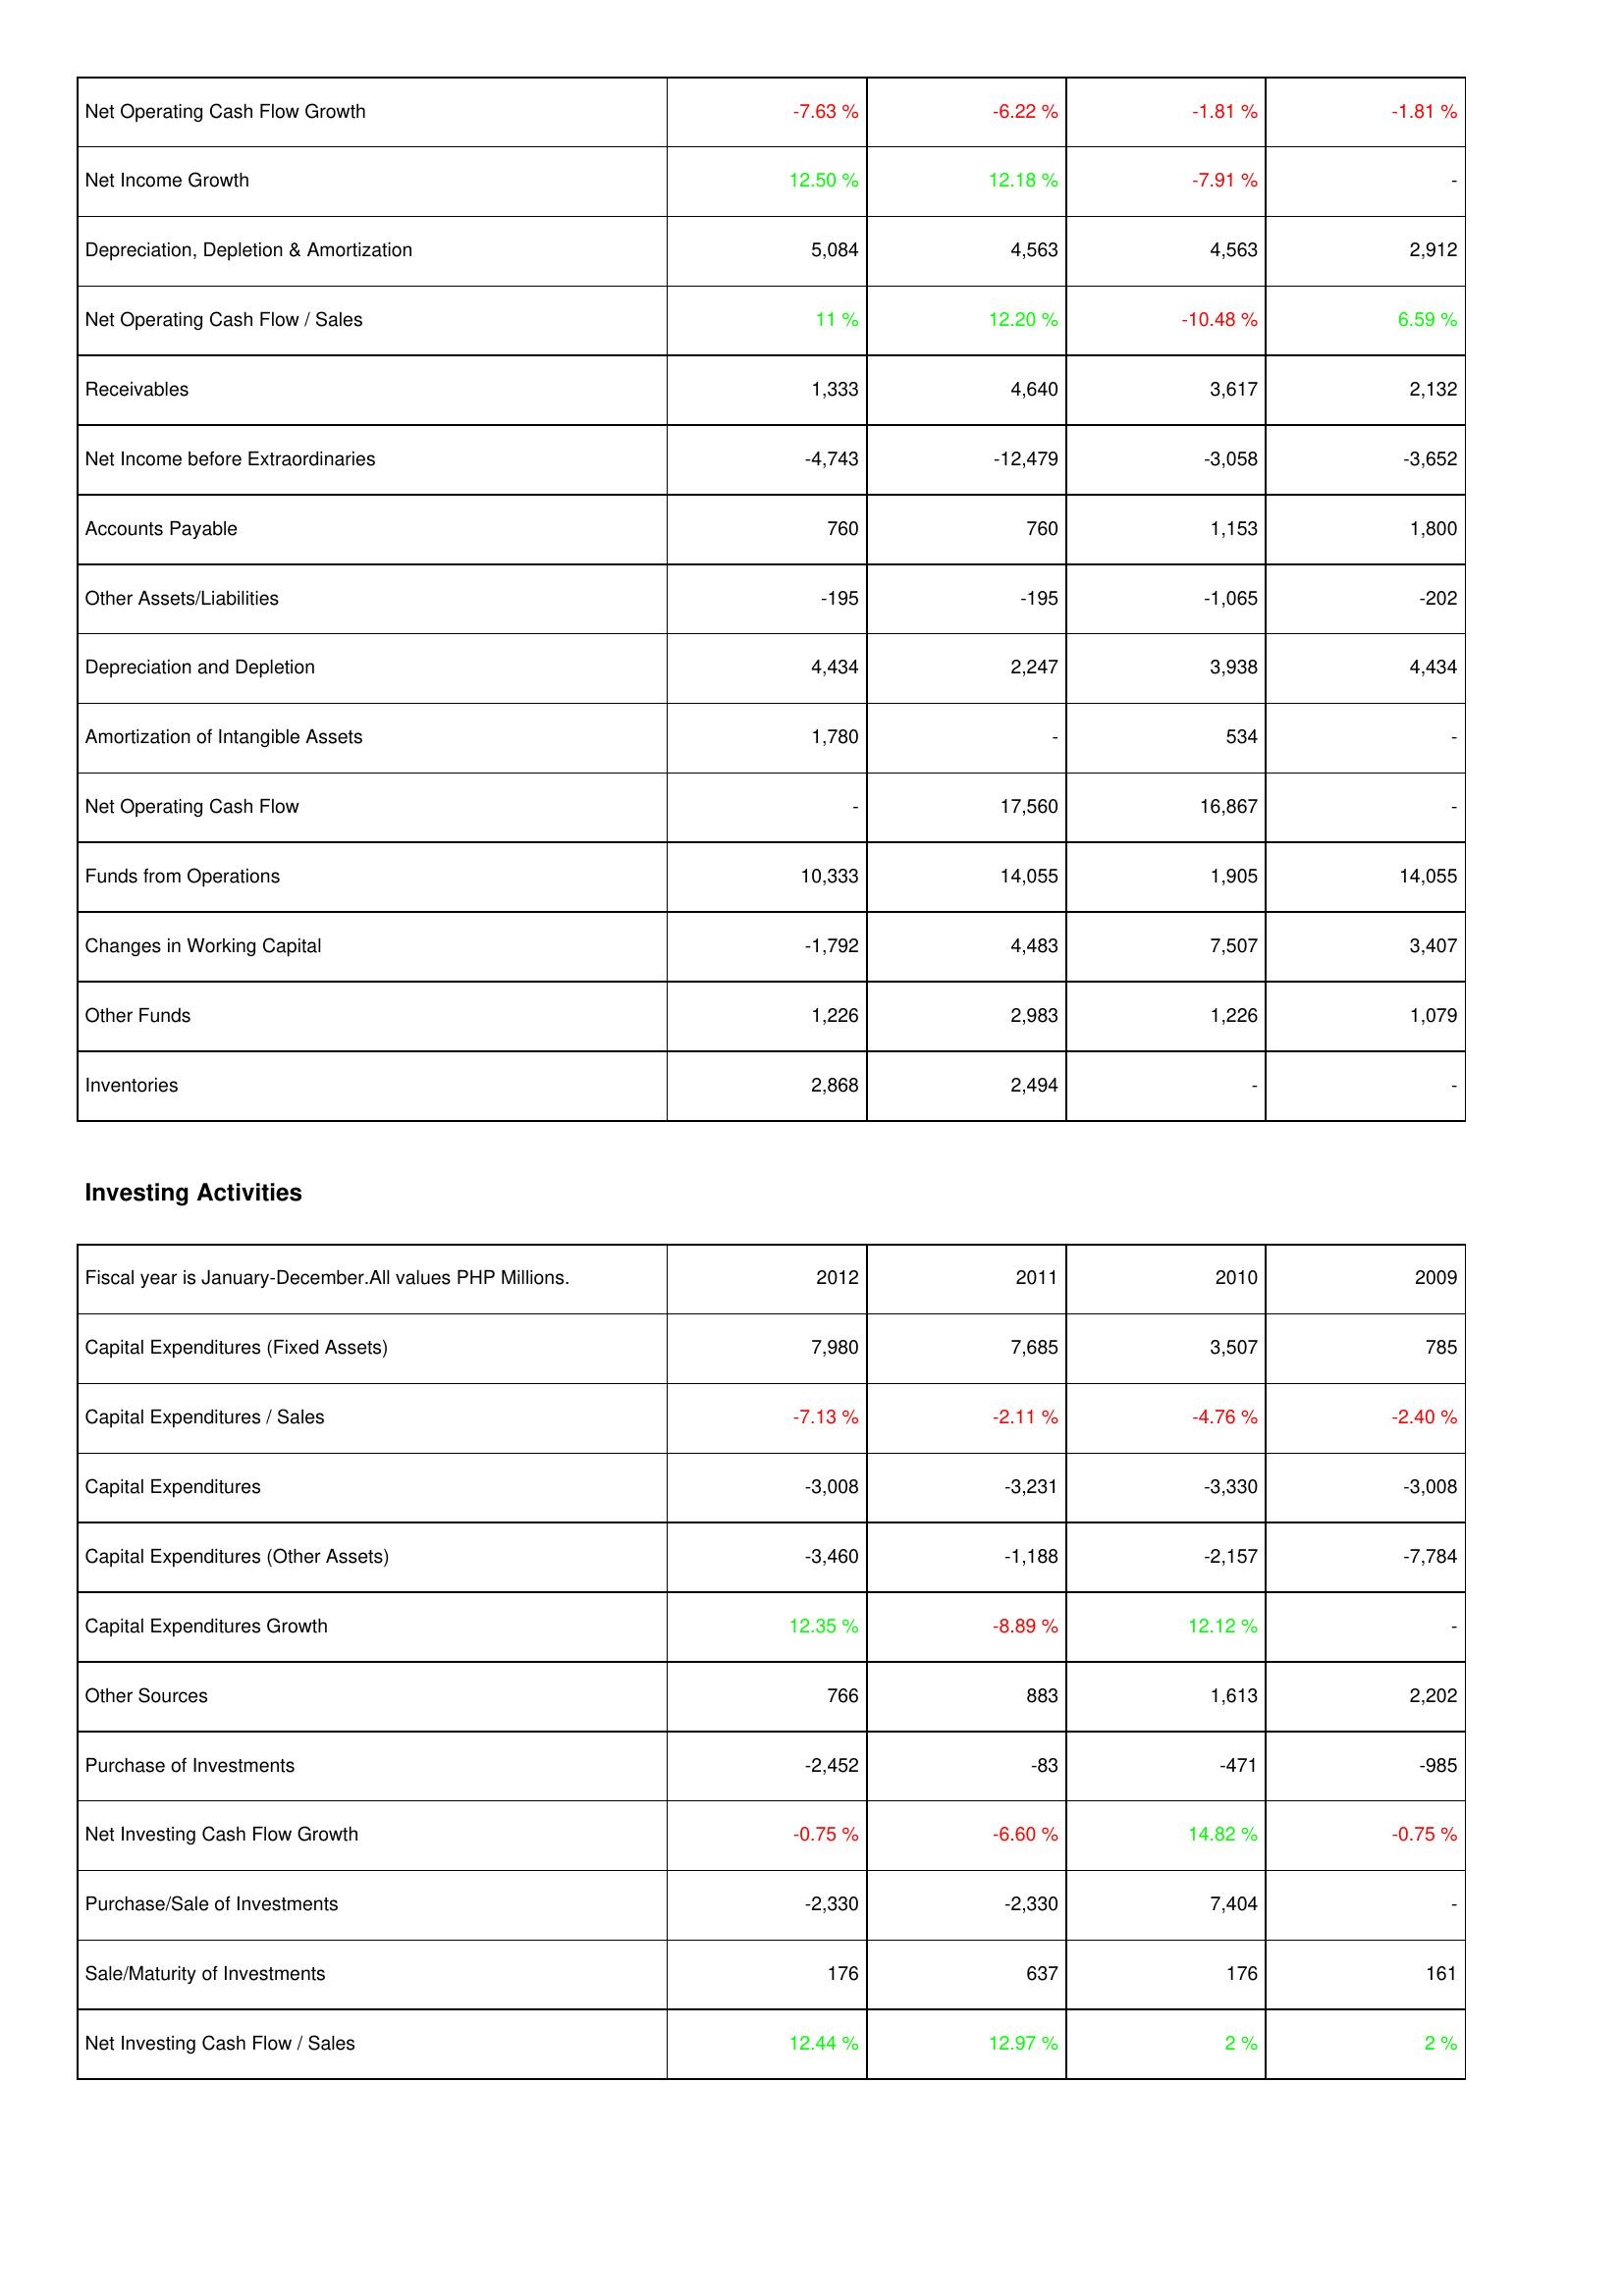
2012: Operating Activities: Net Operating Cash Flow Growth: -7.63 %
Net Income Growth: 12.50 %
Depreciation, Depletion & Amortization: 5,084
Net Operating Cash Flow / Sales: 11 %
Receivables: 1,333
Net Income before Extraordinaries: -4,743
Accounts Payable: 760
Other Assets/Liabilities: -195
Depreciation and Depletion: 4,434
Amortization of Intangible Assets: 1,780
Net Operating Cash Flow: -
Funds from Operations: 10,333
Changes in Working Capital: -1,792
Other Funds: 1,226
Inventories: 2,868
Investing Activities: Capital Expenditures (Fixed Assets): 7,980
Capital Expenditures / Sales: -7.13 %
Capital Expenditures: -3,008
Capital Expenditures (Other Assets): -3,460
Capital Expenditures Growth: 12.35 %
Other Sources: 766
Purchase of Investments: -2,452
Net Investing Cash Flow Growth: -0.75 %
Purchase/Sale of Investments: -2,330
Sale/Maturity of Investments: 176
Net Investing Cash Flow / Sales: 12.44 %
2011: Operating Activities: Net Operating Cash Flow Growth: -6.22 %
Net Income Growth: 12.18 %
Depreciation, Depletion & Amortization: 4,563
Net Operating Cash Flow / Sales: 12.20 %
Receivables: 4,640
Net Income before Extraordinaries: -12,479
Accounts Payable: 760
Other Assets/Liabilities: -195
Depreciation and Depletion: 2,247
Amortization of Intangible Assets: -
Net Operating Cash Flow: 17,560
Funds from Operations: 14,055
Changes in Working Capital: 4,483
Other Funds: 2,983
Inventories: 2,494
Investing Activities: Capital Expenditures (Fixed Assets): 7,685
Capital Expenditures / Sales: -2.11 %
Capital Expenditures: -3,231
Capital Expenditures (Other Assets): -1,188
Capital Expenditures Growth: -8.89 %
Other Sources: 883
Purchase of Investments: -83
Net Investing Cash Flow Growth: -6.60 %
Purchase/Sale of Investments: -2,330
Sale/Maturity of Investments: 637
Net Investing Cash Flow / Sales: 12.97 %
2010: Operating Activities: Net Operating Cash Flow Growth: -1.81 %
Net Income Growth: -7.91 %
Depreciation, Depletion & Amortization: 4,563
Net Operating Cash Flow / Sales: -10.48 %
Receivables: 3,617
Net Income before Extraordinaries: -3,058
Accounts Payable: 1,153
Other Assets/Liabilities: -1,065
Depreciation and Depletion: 3,938
Amortization of Intangible Assets: 534
Net Operating Cash Flow: 16,867
Funds from Operations: 1,905
Changes in Working Capital: 7,507
Other Funds: 1,226
Inventories: -
Investing Activities: Capital Expenditures (Fixed Assets): 3,507
Capital Expenditures / Sales: -4.76 %
Capital Expenditures: -3,330
Capital Expenditures (Other Assets): -2,157
Capital Expenditures Growth: 12.12 %
Other Sources: 1,613
Purchase of Investments: -471
Net Investing Cash Flow Growth: 14.82 %
Purchase/Sale of Investments: 7,404
Sale/Maturity of Investments: 176
Net Investing Cash Flow / Sales: 2 %
2009: Operating Activities: Net Operating Cash Flow Growth: -1.81 %
Net Income Growth: -
Depreciation, Depletion & Amortization: 2,912
Net Operating Cash Flow / Sales: 6.59 %
Receivables: 2,132
Net Income before Extraordinaries: -3,652
Accounts Payable: 1,800
Other Assets/Liabilities: -202
Depreciation and Depletion: 4,434
Amortization of Intangible Assets: -
Net Operating Cash Flow: -
Funds from Operations: 14,055
Changes in Working Capital: 3,407
Other Funds: 1,079
Inventories: -
Investing Activities: Capital Expenditures (Fixed Assets): 785
Capital Expenditures / Sales: -2.40 %
Capital Expenditures: -3,008
Capital Expenditures (Other Assets): -7,784
Capital Expenditures Growth: -
Other Sources: 2,202
Purchase of Investments: -985
Net Investing Cash Flow Growth: -0.75 %
Purchase/Sale of Investments: -
Sale/Maturity of Investments: 161
Net Investing Cash Flow / Sales: 2 %